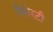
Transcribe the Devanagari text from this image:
मैसेरटी